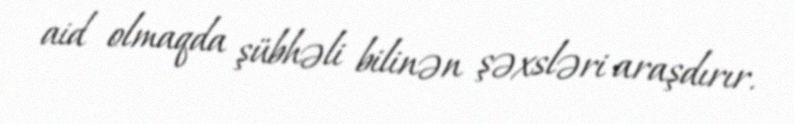
aid olmaqda şübhəli bilinən şəxsləri araşdırır.